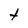
Character: t